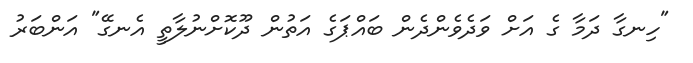
"ހިނގާ ދަމާ ގެ އަށް ވަދެވެންދެން ބައްޕަގެ އަތުން ދޫކޮށްނުލާތީ އެނގޭ" އަންބަރު